Civil Veterinary Department. United Provinces 1932-42 - 1932-1942
Year: 1932
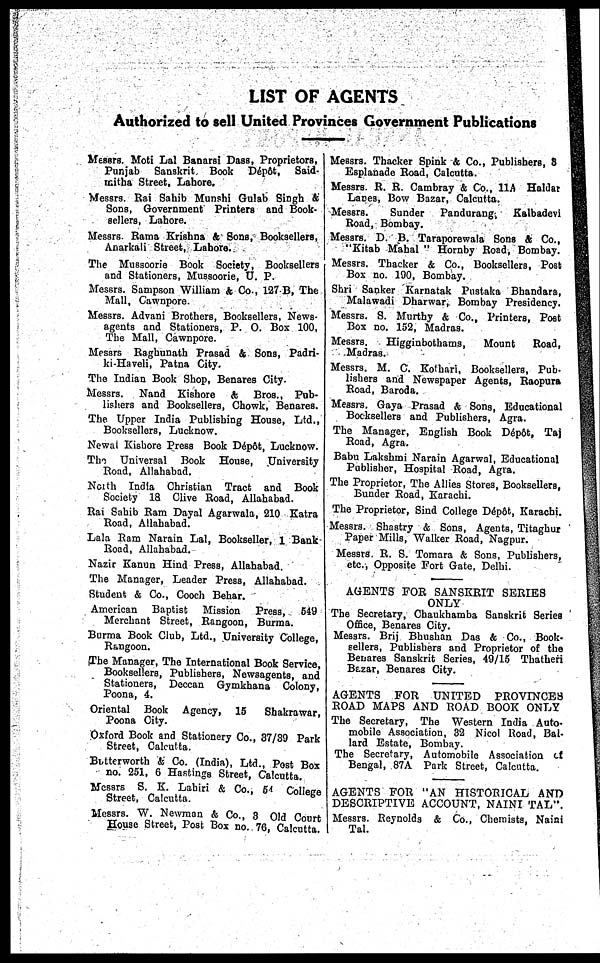
LIST OF AGENTS
Authorized to sell United Provinces Government Publications
Messrs. Moti Lai Banarsi Dass, Proprietors,
Punjab Sanskrit Book Depôt, Said-
initha Street, Lahore.
Messrs. Rai Sahib Munshi Gulab Singh &
Sons, Government Printers and Book-
sellers, Lahore.
Messrs. Rama Krishna ft Sons, Booksellers,
Anarkali Street, Lahore.
The Mu8soorie Book Society, Booksellers
and Stationers, Mussoorie, U. P.
Messrs. Sampson William & Co., 127 B, The
Mall, Cawnpore.
Messrs. Advani Brothers, Booksellers, News-
agents and Stationers, P. O. Box 100,
The Mall, Cawnpore.
Messrs Raghunath Prasad ft Sons, Padri-
ki-Haveli, Patna City.
The Indian Book Shop, Benares City.
Messrs. Nand Kishore & Bros., Pub-
lishers and Booksellers, Chowk, Benares.
The Upper India Publishing House, Ltd.,
Booksellers, Lucknow.
Newal Kishore Press Book Depôt, Lucknow.
The Universal Book House, University
Road, Allahabad.
North India Christian Tract and Book
Society 18 Clive Road, Allahabad.
Rai Sabib Ram Dayal Agarwala, 210 Katra
Road, Allahabad.
Lala Ram Narain Lal, Bookseller, 1 Bank
Road, Allahabad.
Nazir Kanun Hind Press, Allahabad.
The Manager, Leader Press, Allahabad.
Student & Co., Cooch Behar.
American Baptist
Mission Press, 649
Merchant Street, Rangoon, Burma.
Burma Book Club, Ltd., University College,
Rangoon.
The Manager, The International Book Service,
Booksellers, Publishers, Newsagents, and
Stationers, Deccan Gymkhana Colony,
Poona, 4.
Oriental Book Agency, 15
Shakrawar,
Poona City.
Oxford Book and Stationery Co., 37/39 Park
Street, Calcutta.
Betterworth & Co. (India), Ltd., Post Box
no. 251, 6 Hastings Street, Calcutta.
Messrs S. K. Lahiri & Co., 54 College
Street, Calcutta.
Messrs. W. Newman ft Co., 3 Old Court
House Street, Post Box no. 76, Calcutta.
Messrs. Thacker Spink ft Co., Publishers, 8
Esplanade Road, Calcutta.
Messrs. R. R. Cambray & Co., 11A Holdar
Lanes, Bow Bazar, Calcutta.
Messrs.
Sunder
Pandurang,
Kalbadevi
Road, Bombay.
Messrs. D. B. Taraporewala Sons ft Co.,
"Kitab Mahal " Hornby Road, Bombay.
Messrs. Thacker & Co., Booksellers, Post
Box no. 190, Bombay.
Shri Sanker Karnatak Pustaka Bhandara,
Malawadi Dharwar, Bombay Presidency.
Messrs. S. Murthy & Co., Printers, Post
Box no. 152, Madras.
Messrs.
Higginbothams,
Mount
Road,
Madras.
Messrs. M. C. Kothari, Booksellers, Pub-
lishers and Newspaper Agents, Raepura
Road, Baroda.
Messrs. Gaya Prasad ft Sons, Educational
Booksellers and Publishers, Agra.
The Manager, English Book Dépôt, Taj
Road, Agra.
Babu Lakshmi Narain Agarwal, Educational
Publisher, Hospital Road, Agra.
The Proprietor, The Allies Stores, Booksellers,
Bunder Road, Karachi.
The Proprietor, Sind College Dépôt, Karachi.
Messrs. Shastry & Sons, Agents, Titaghur
Paper Mills, Walker Road, Nagpur.
Messrs R. S. Tomara & Sons, Publishers,
etc., Opposite Fort Gate, Delhi.
AGENTS FOR SANSKRIT SERIES
ONLY
The Secretary, Chaukhamba Sanskrit Series
Office, Benares City.
Messrs. Brij Bhusban Das & Co., Book-
sellers, Publishers and Proprietor of the
Benares Sanskrit Series, 49/15 Thatheri
Bazar, Benares City.
AGENTS FOR UNITED PROVINCES
ROAD MAPS AND ROAD BOOK ONLY
The Secretary, The Western India Auto-
mobile Association, 32 Nicol Road, Bal-
lard Estate, Bombay.
The Secretary, Automobile Association of
Bengal, 87A Park Street, Calcutta.
AGENTS FOR "AN HISTORICAL AND
DESCRIPTIVE ACCOUNT, NAINI TAL".
Messrs. Reynolds & Co., Chemists, Naini
Tal.